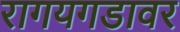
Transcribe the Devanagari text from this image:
रागयगडावर